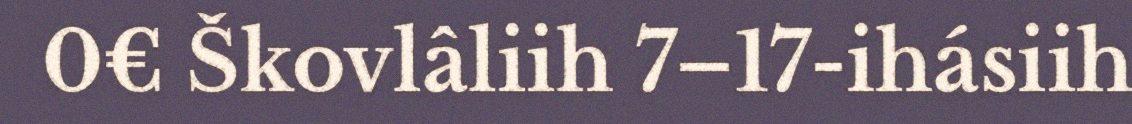
0€ Škovlâliih 7–17-ihásiih